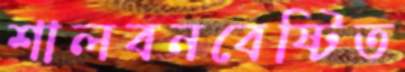
শালবনবেষ্টিত